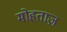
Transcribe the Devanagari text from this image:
मोहताज़